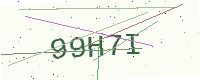
Text: 99H7I